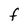
Character: F